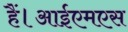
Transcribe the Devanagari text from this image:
हैं।आईएमएस